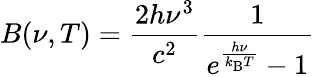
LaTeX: B(\nu,T)={\frac{2h\nu^{3}}{c^{2}}}{\frac{1}{e^{\frac{h\nu}{k_{\mathrm{B}}T}}-1}}